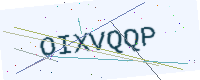
Text: OIXVQQP